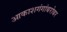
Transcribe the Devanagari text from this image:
आकाशगंगांबरोबर